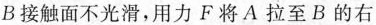
B接触面不光滑，用力F将A拉至B的右